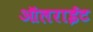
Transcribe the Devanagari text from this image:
ऑलराईट